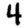
Digit: 4